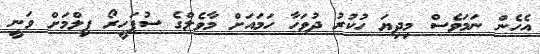
އެހެން ނަމަވެސް މިދިޔަ ހުކުރު ދުވަހާ ހަމައަށް މާވެލްގެ ސުޕަހީރޯ ފިލްމަށް ވަނީ